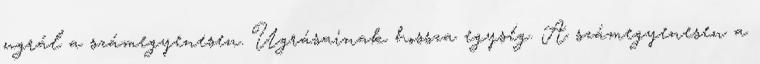
ugrál a számegyenesen. Ugrásainak hossza egység. A számegyenesen a